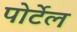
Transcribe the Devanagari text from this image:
पोर्टेल